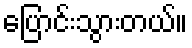
ပြောင်းသွားတယ်။